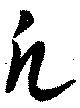
凢